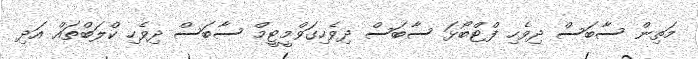
މަތިން ސާބަސް ދިވެހި ފްޓްބޯޅަ ސާބަސް ދިވެހިގަވްމީޓީމް ސާބަސް ދިވެހި ކްލަބްތައް އަދި